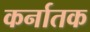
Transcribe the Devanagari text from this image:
कर्नातक